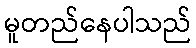
မူတည်နေပါသည်